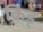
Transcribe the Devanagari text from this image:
किड्